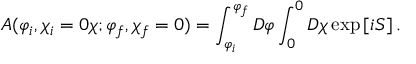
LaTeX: A ( \varphi _ { i } , \chi _ { i } = 0 \chi ; \varphi _ { f } , \chi _ { f } = 0 ) = \int _ { \varphi _ { i } } ^ { \varphi _ { f } } D \varphi \int _ { 0 } ^ { 0 } D \chi \exp \left[ i S \right] .